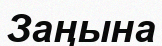
Заңына